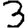
Digit: 3